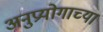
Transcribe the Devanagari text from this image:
अनुप्रयोगाच्या